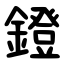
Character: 鐙